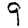
Digit: 9